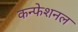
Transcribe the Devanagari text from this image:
कन्फेशनल